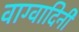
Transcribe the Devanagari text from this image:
वाग्वादिनी